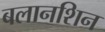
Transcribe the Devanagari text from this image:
बलानशिन